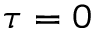
\tau = 0